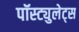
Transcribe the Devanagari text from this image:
पॉस्ट्युलेट्स